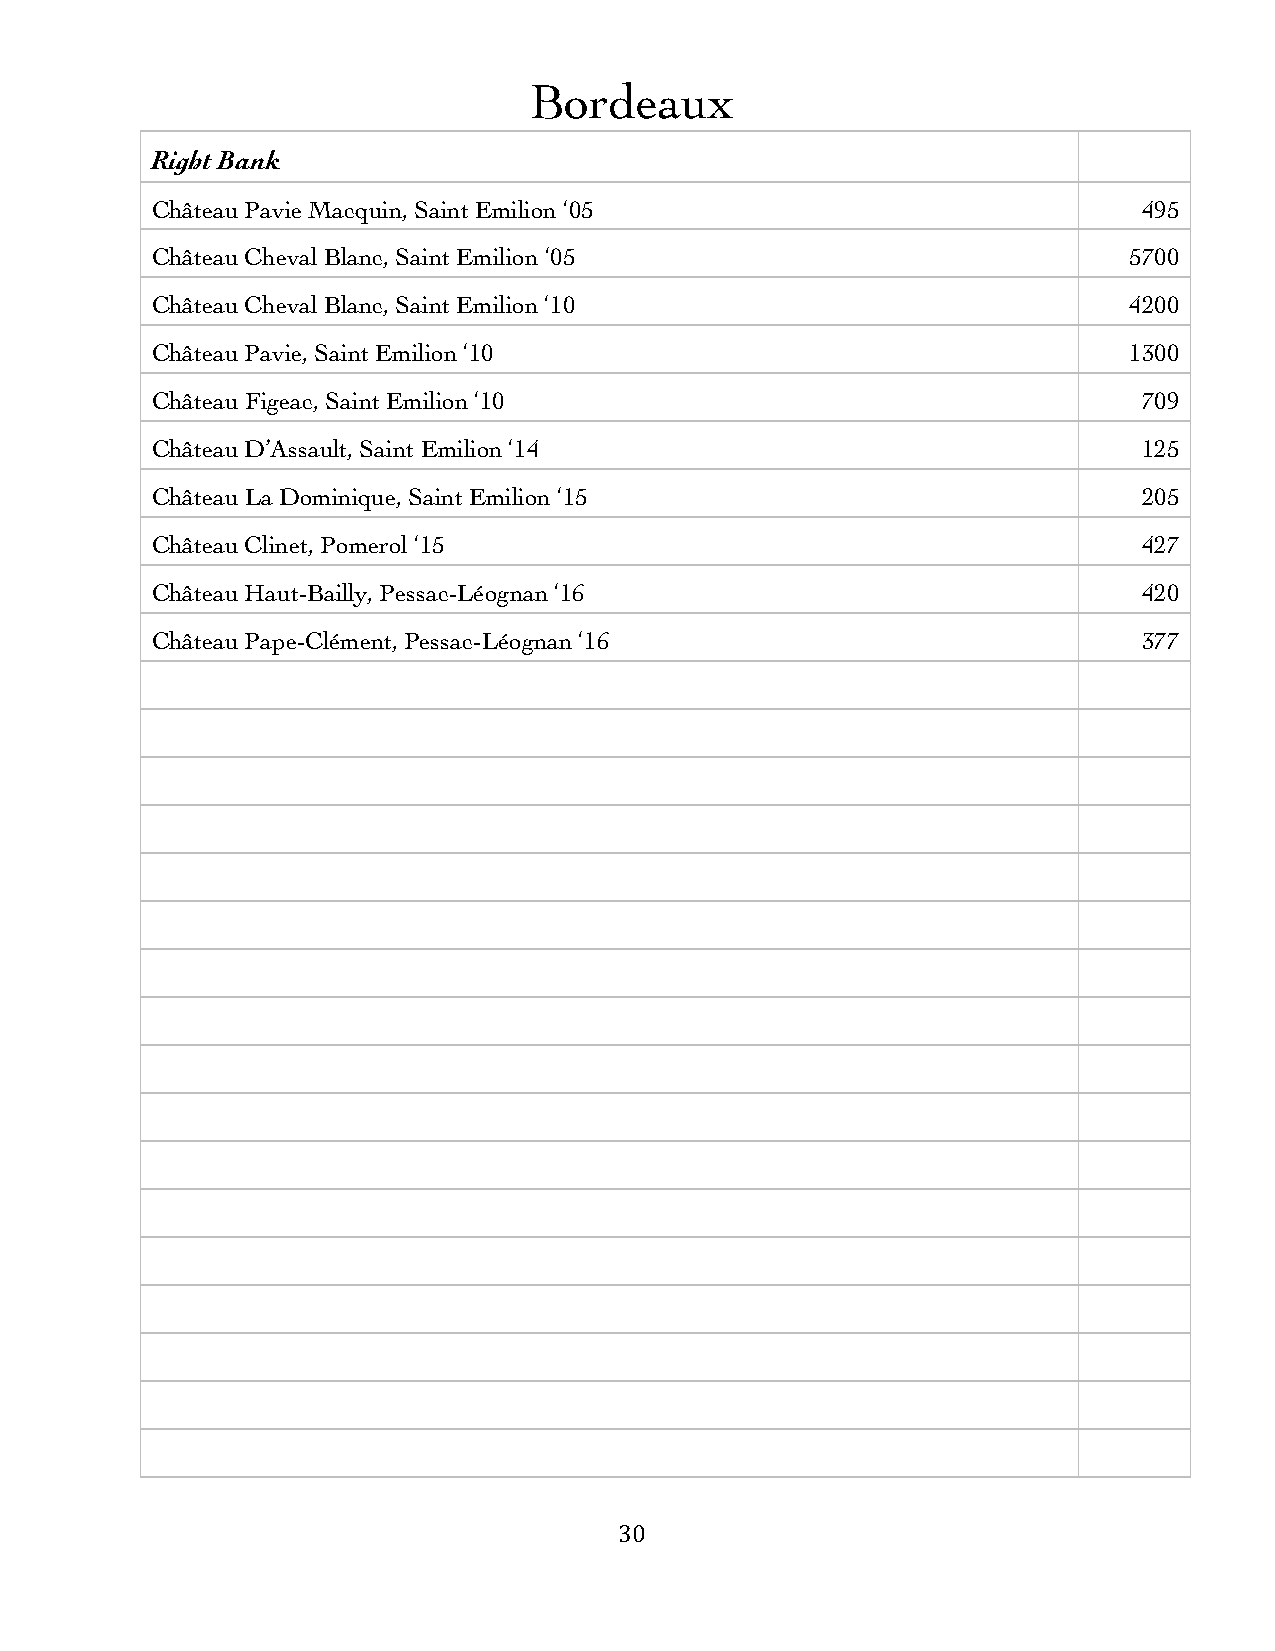
Bordeaux
 Right Bank
 Château Pavie Macquin, Saint Emilion ‘05                          495
 Château Cheval Blanc, Saint Emilion ‘05                          5700
 Château Cheval Blanc, Saint Emilion ‘10                          4200
 Château Pavie, Saint Emilion ‘10                                 1300
 Château Figeac, Saint Emilion ‘10                                 709
 Château D’Assault, Saint Emilion ‘14                              125
 Château La Dominique, Saint Emilion ‘15                           205
 Château Clinet, Pomerol ‘15                                       427
 Château Haut-Bailly, Pessac-Léognan ‘16                           420
 Château Pape-Clément, Pessac-Léognan ‘16                          377
 30